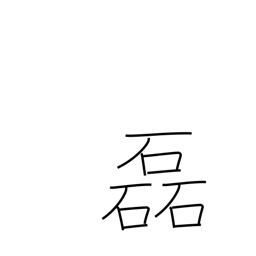
Meaning: many stones